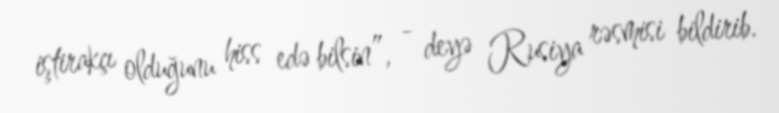
iştirakçı olduğunu hiss edə bilsin”, - deyə Rusiya rəsmisi bildirib.